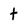
Character: t